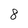
Character: 8